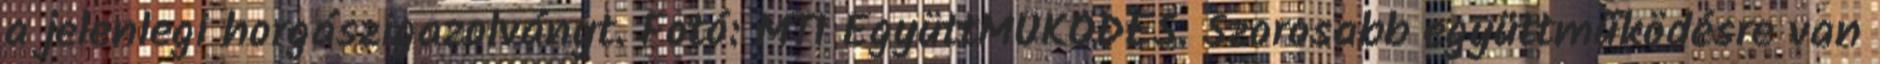
a jelenlegi horgászigazolványt. Fotó: MTI EgyüttMŰKÖDÉS. Szorosabb együttműködésre van